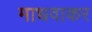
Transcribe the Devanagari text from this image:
माधवाकर